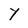
Character: Y